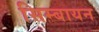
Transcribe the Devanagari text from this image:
सिम्बायन